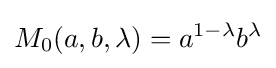
M_{0}(a,b,\lambda )=a^{1-\lambda }b^{\lambda }